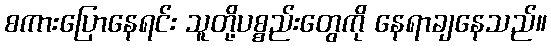
စကားပြောနေရင်း သူတို့ပစ္စည်းတွေကို နေရာချနေသည်။